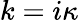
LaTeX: k=i\kappa